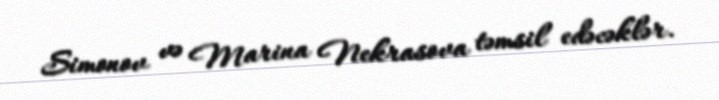
Simonov və Marina Nekrasova təmsil edəcəklər.